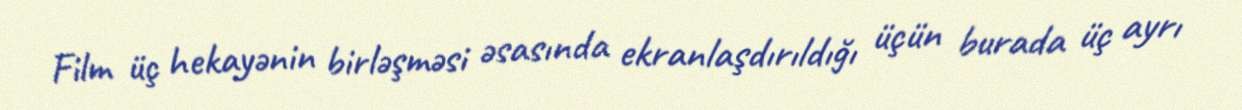
Film üç hekayənin birləşməsi əsasında ekranlaşdırıldığı üçün burada üç ayrı